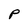
Character: P